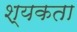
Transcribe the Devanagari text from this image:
श्यकता